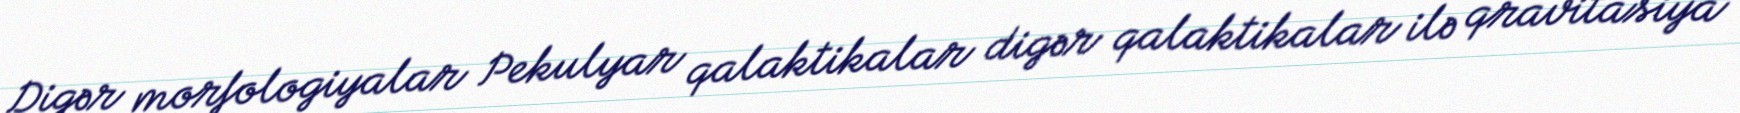
Digər morfologiyalar Pekulyar qalaktikalar digər qalaktikalar ilə qravitasiya